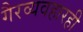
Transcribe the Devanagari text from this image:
गैरव्यवहारही